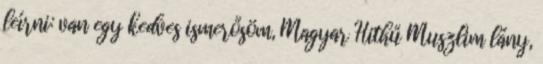
leírni: van egy kedves ismerősöm, Magyar Hithű Muszlim lány,